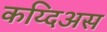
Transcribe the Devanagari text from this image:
कय्दिअस